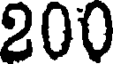
200